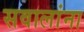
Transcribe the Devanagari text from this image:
सवालांना